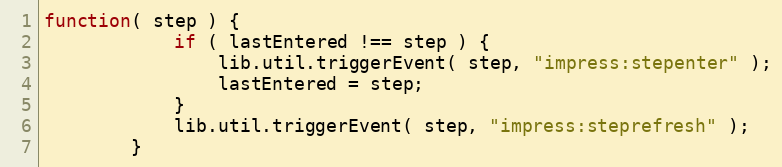
Language: JavaScript
function( step ) {
            if ( lastEntered !== step ) {
                lib.util.triggerEvent( step, "impress:stepenter" );
                lastEntered = step;
            }
            lib.util.triggerEvent( step, "impress:steprefresh" );
        }